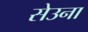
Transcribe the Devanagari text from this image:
सेउना